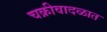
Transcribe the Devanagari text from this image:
चक्रीवादळात